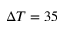
\Delta T = 3 5